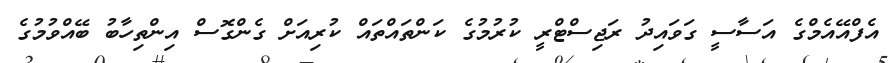
އެފްއޭއެމްގެ އަސާސީ ގަވައިދު ރަޖިސްޓްރީ ކުރުމުގެ ކަންތައްތައް ކުރިއަށް ގެންގޮސް އިންތިހާބު ބޭއްވުމުގެ